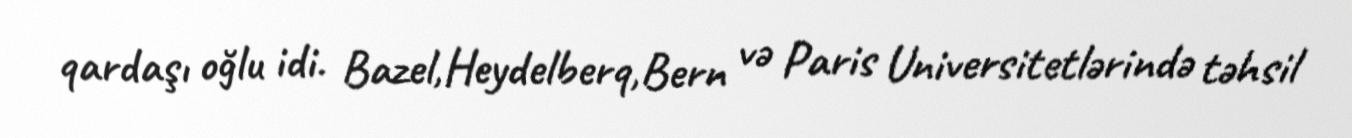
qardaşı oğlu idi. Bazel,Heydelberq,Bern və Paris Universitetlərində təhsil